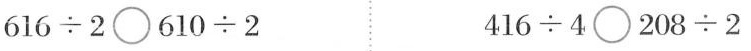
$$616\div2\bigcirc 610\div2$$ $$416\div4\bigcirc 208\div2$$